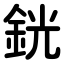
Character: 銧